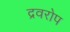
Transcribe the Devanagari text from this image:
द्रवरोप